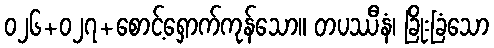
၀၂၆+၀၂၇+စောင့်ရှောက်ကုန်သော။ တပဿီနံ၊ ခြိုးခြံသော